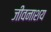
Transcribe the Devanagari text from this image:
जीवनाशय